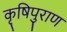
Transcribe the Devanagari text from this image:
कृषिपुराण